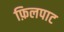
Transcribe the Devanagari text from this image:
फ़िलपाट